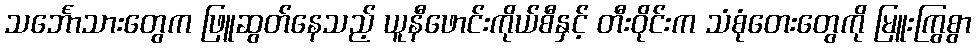
သင်္ဘောသားတွေက ဖြူဆွတ်နေသည့် ယူနီဖောင်းကိုယ်စီနှင့် တီးဝိုင်းက သံစုံတေးတွေကို မြူးကြွစွာ